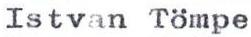
Istvan Tömpe